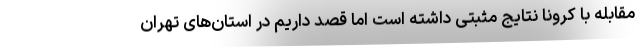
مقابله با کرونا نتایج مثبتی داشته است اما قصد داریم در استان‌های تهران